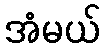
အံမယ်